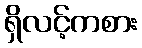
ရှိလင့်ကစား